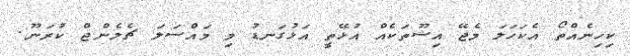
ކިހިނެއްތޯ އެކަހަލަ މެޖޭ އިޝޫތަކެއް އުޅޭތީ އަޅުގަނޑު މި މައްސަލަ ޗެލެންޖް ކުރަނޫ.